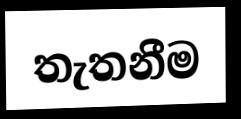
තැතනීම